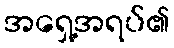
အရှေ့အရပ်၏